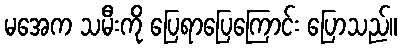
မအေက သမီးကို ပြေရာပြေကြောင်း ပြောသည်။